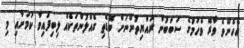
އެހެންވެ ވާރޭ ވެހުމުގެ ސަބަބުން ރައްޔިތުންނަށް ބޮޑެތި ގެއްލުންތަކެއް ލިބިފައިވާ ކަމަށާއި މި